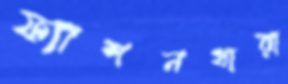
ফ্যাশনধারা